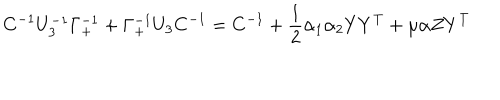
C ^ { - 1 } U _ { 3 } ^ { - 1 } \Gamma _ { + } ^ { - 1 } + \Gamma _ { + } ^ { - 1 } U _ { 3 } C ^ { - 1 } = C ^ { - 1 } + { \frac { 1 } { 2 } } \alpha _ { 1 } \alpha _ { 2 } Y Y ^ { T } + \mu \alpha Z Y ^ { T }